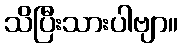
သိပြီးသားပါဗျာ။